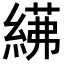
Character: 𦂓